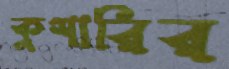
কুশারির